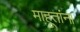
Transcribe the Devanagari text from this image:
माहूतांना